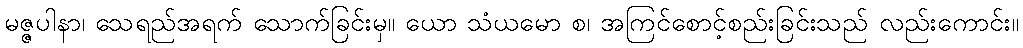
မဇ္ဇပါနာ၊ သေရည်အရက် သောက်ခြင်းမှ။ ယော သံယမော စ၊ အကြင်စောင့်စည်းခြင်းသည် လည်းကောင်း။